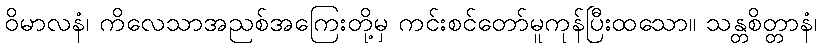
ဝိမာလနံ၊ ကိလေသာအညစ်အကြေးတို့မှ ကင်းစင်တော်မူကုန်ပြီးထသော။ သန္တစိတ္တာနံ၊